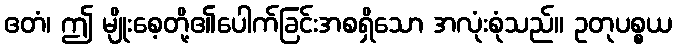
ဧတံ၊ ဤ မျိုးစေ့တို့၏ပေါက်ခြင်းအစရှိသော အလုံးစုံသည်။ ဥတုပစ္စယ